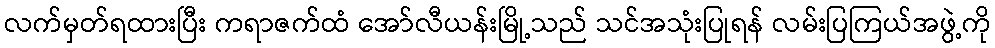
လက်မှတ်ရထားပြီး ကရာဇက်ထံ အော်လီယန်းမြို့သည် သင်အသုံးပြုရန် လမ်းပြကြယ်အဖွဲ့ကို